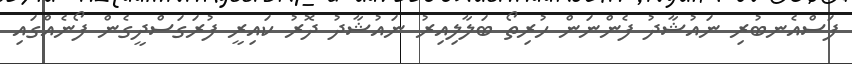
ފަސްއެނބުރި ނައުޝާދު ފެންނަން ހުރިތޯ ބަލާލިއިރު ނައުޝާދު ދޮރު ކައިރީ ފުރަގަސްދީގެން ފޯނެއްގައި